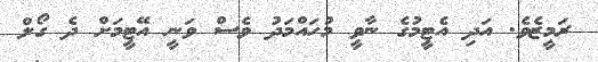
ރަމީޒެވެ. އަދި އެޓީމުގެ ނާވީ މުހައްމަދު ވެސް ވަނީ އޭޓީމަށް ދެ ގޯލް